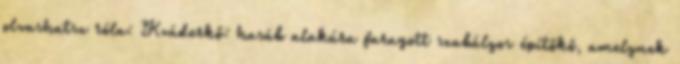
olvashatsz róla: Kváderkő: hasáb alakúra faragott szabályos építőkő, amelynek